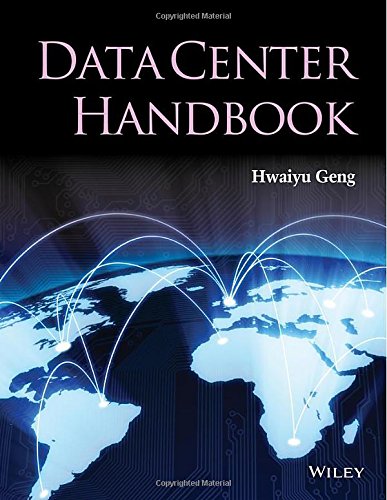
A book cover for Data Center Handbook; Hwaiyu Geng; Computers & Technology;